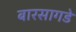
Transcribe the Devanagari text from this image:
बारसागडे